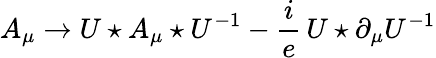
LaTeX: A_{\mu}\rightarrow U\star A_{\mu}\star U^{-1}-\frac{i}{e}\, U\star\partial_{\mu}U^{-1}